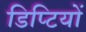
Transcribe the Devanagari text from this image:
डिप्टियों